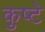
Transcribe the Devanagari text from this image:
कुष्टे